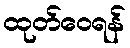
ထုတ်ဝေရန်